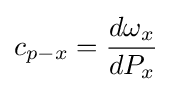
c_{p-x}={\frac {d\omega _{x}}{dP_{x}}}